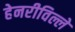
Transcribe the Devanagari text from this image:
हेनरीविल्ले